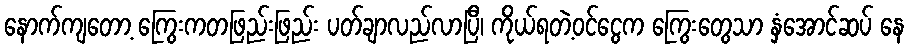
နောက်ကျတော့ ကြွေးကတဖြည်းဖြည်း ပတ်ချာလည်လာပြီ၊ ကိုယ်ရတဲ့ဝင်ငွေက ကြွေးတွေသာ နှံအောင်ဆပ် နေ